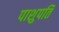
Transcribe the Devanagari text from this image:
पाशुपति